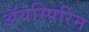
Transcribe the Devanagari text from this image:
ॲयस्पिरिन